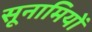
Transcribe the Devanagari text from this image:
सूनामियों